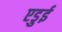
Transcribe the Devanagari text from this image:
एडुई